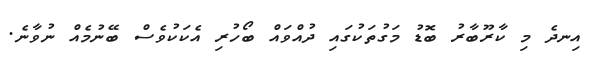
އިނދެ މި ކާރޫބާރު ބޮޑު މަގުތަކުގައި ދުއްވައް ބޯހުރި އެކަކުވެސް ބޭނުމެއް ނުވާނެ.